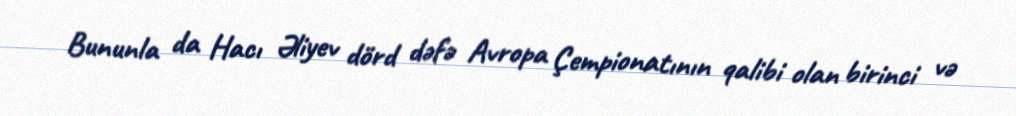
Bununla da Hacı Əliyev dörd dəfə Avropa Çempionatının qalibi olan birinci və